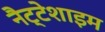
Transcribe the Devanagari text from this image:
नैट्टेशाइम